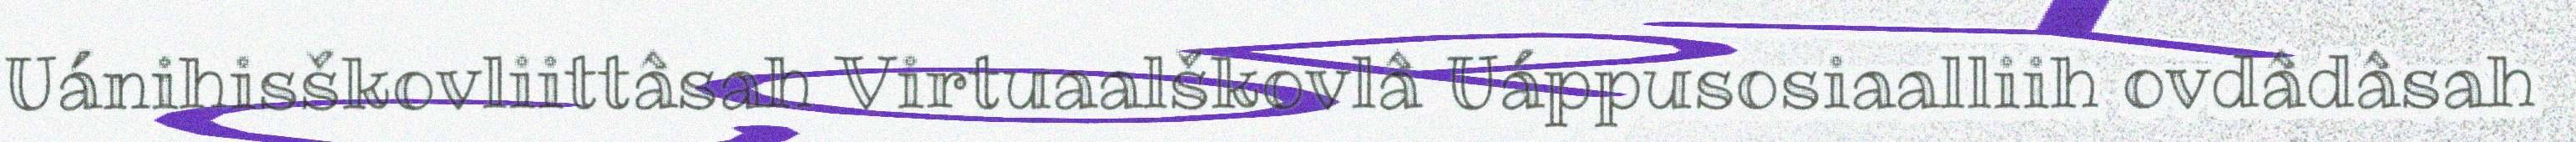
Uánihisškovliittâsah Virtuaalškovlâ Uáppusosiaalliih ovdâdâsah